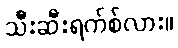
သီးဆီးရက်စ်လား။